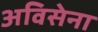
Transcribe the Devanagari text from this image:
अविसेना